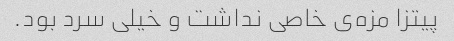
پیتزا مزه‌ی خاصی نداشت و خیلی سرد بود.